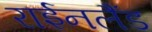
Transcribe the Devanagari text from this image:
राईनलैंड